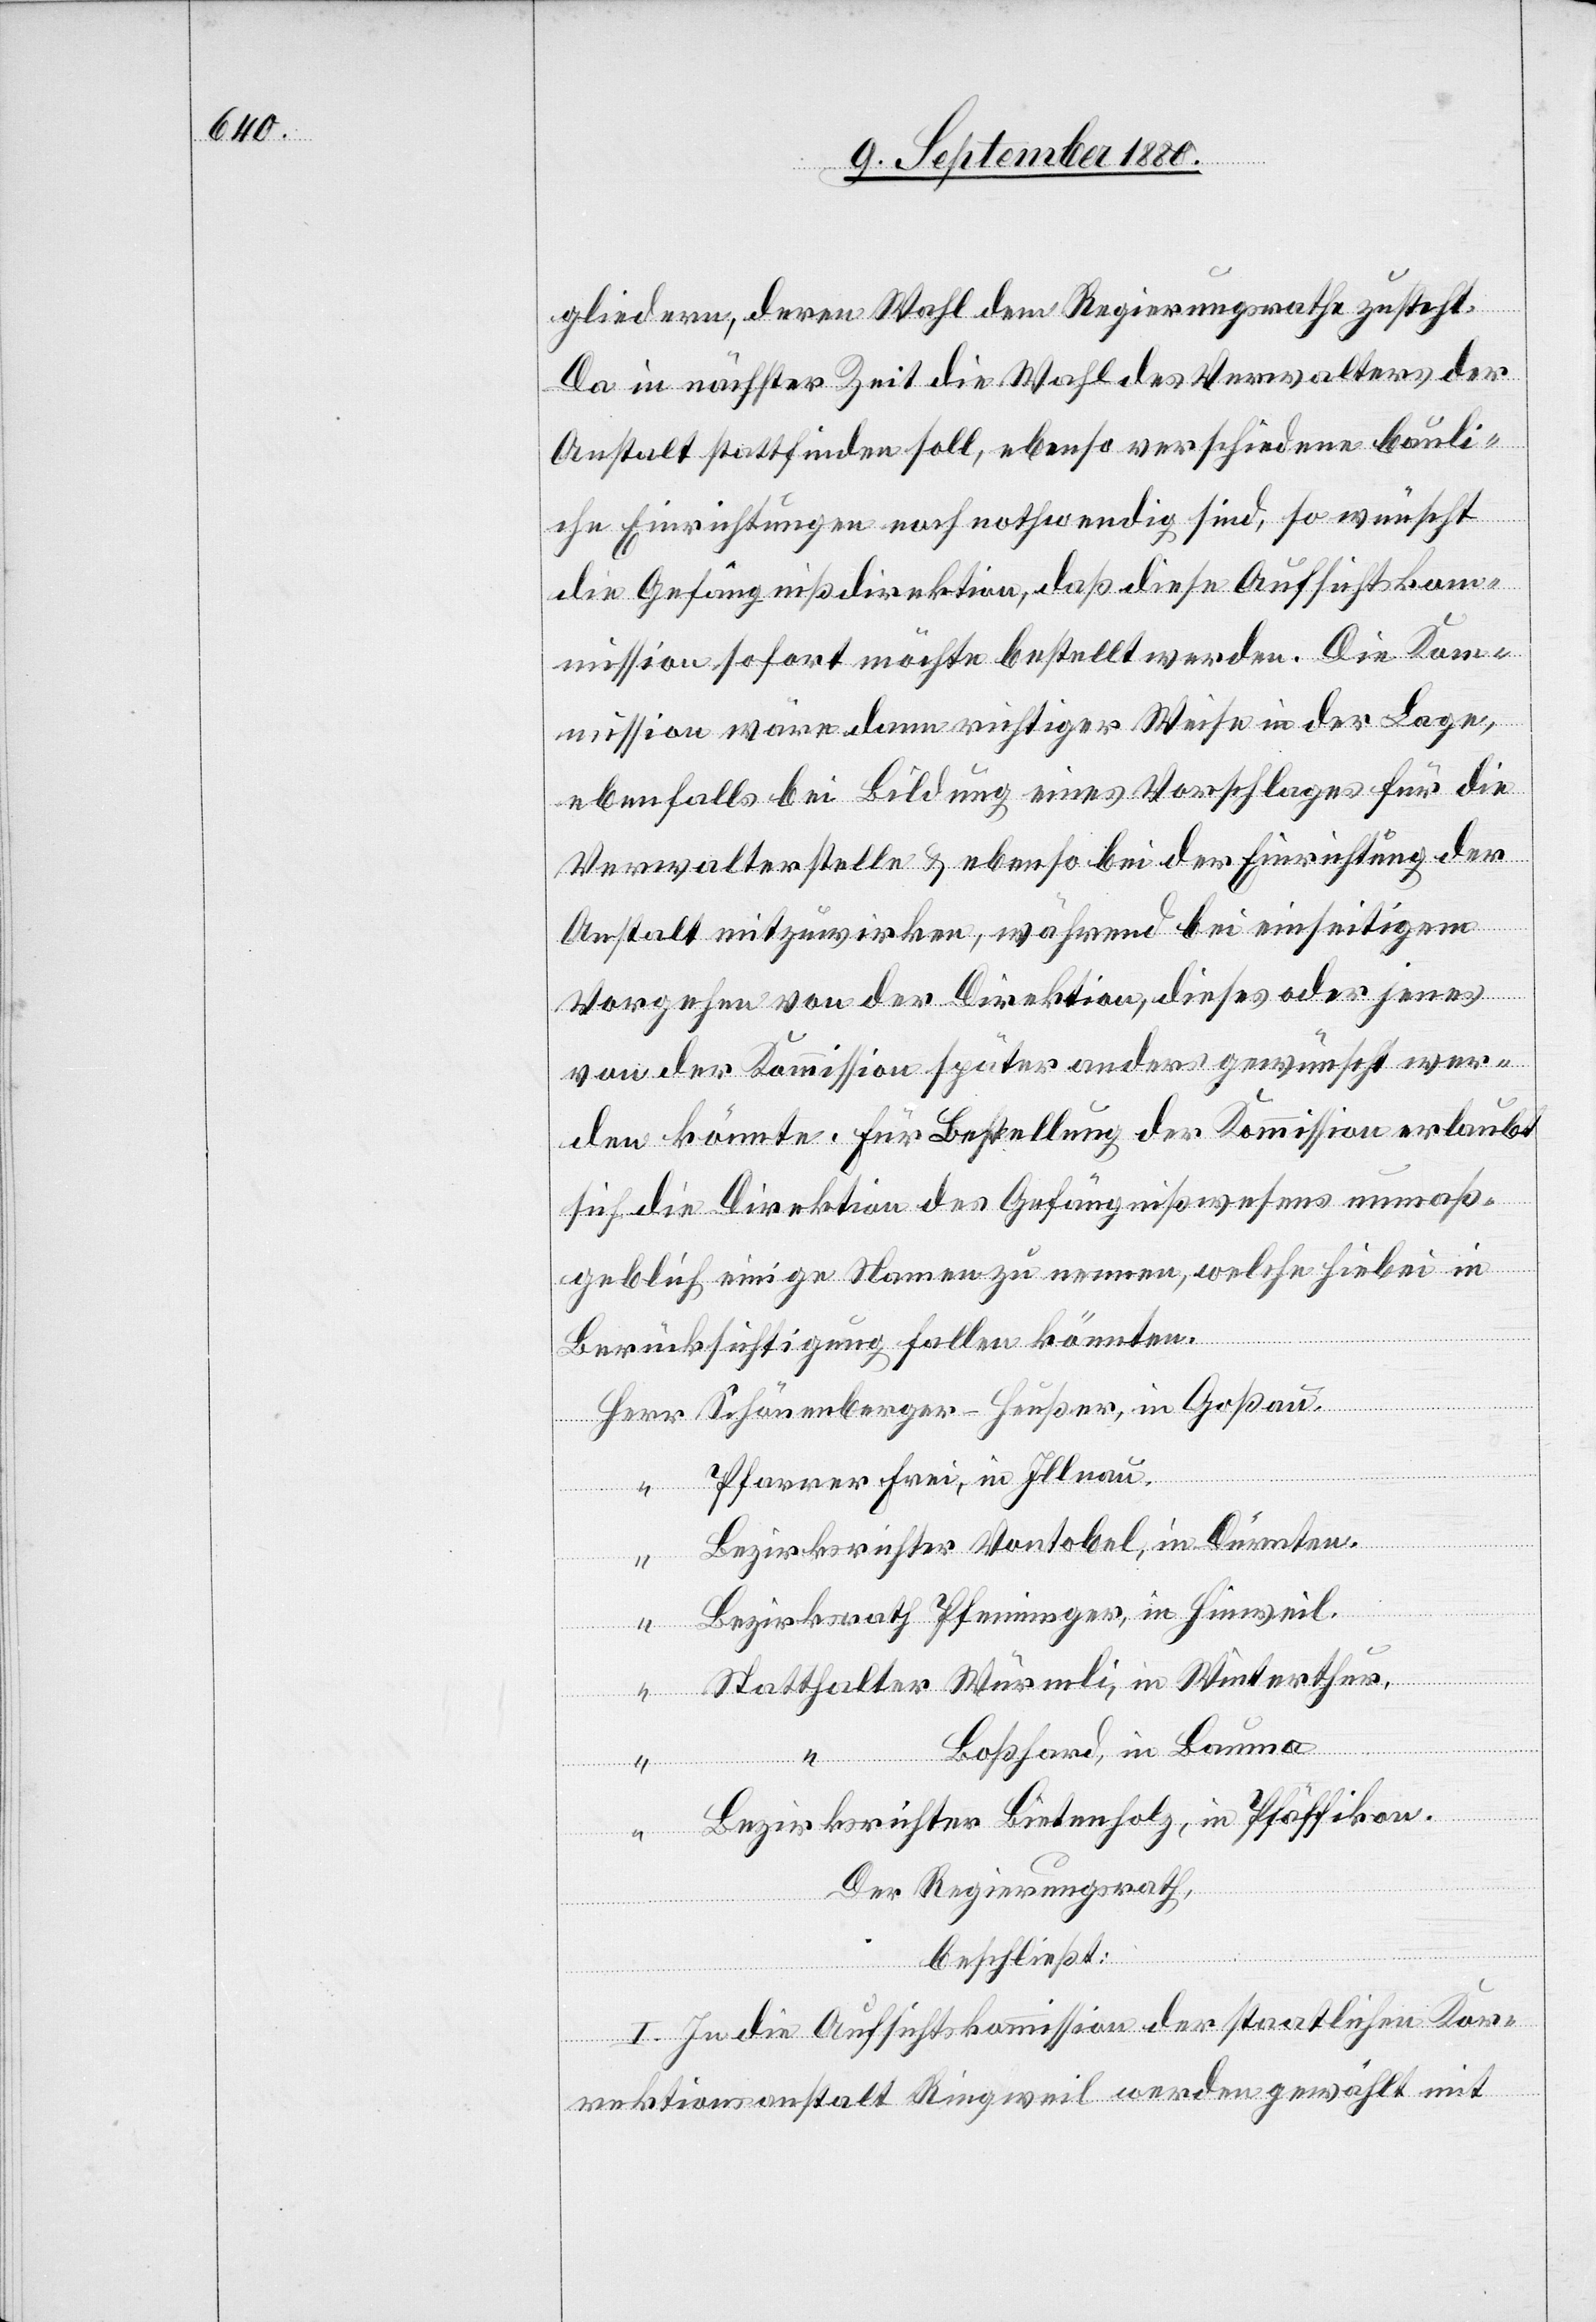
gliedern, deren Wahl dem Regierungsrathe zusteht.
Da in nächster Zeit die Wahl des Verwalters der
Anstalt stattfinden soll, ebenso verschiedene bauli¬
che Einrichtungen noch nothwendig sind, so wünscht
die Gefängnißdirektion, daß diese Aufsichtsko¬
mmission sofort möchte bestellt werden. Die Kom¬
mission wäre dann richtiger Weise in der Lage,
ebenfalls bei Bildung eines Vorschlages für die
Verwalterstelle & ebenso bei der Einrichtung der
Anstalt mitzuwirken, während bei einseitigem
Vorgehen von der Direktion, dieses oder jenes
von der Kommission später anders gewünscht wer¬
den könnte. Für Bestellung der Kommission erlaubt
sich die Direktion des Gefängißwesens unmaß¬
geblich einige Namen zu nennen, welche hiebei in
Herr
Berücksichtigung fallen könnten.
Pfarrer Frei, in Illnau.
Bezirksrichter Vontobel, in Dürnten.
“
Statthalter Würmli, in Winterthur.
Goßau.
Pfäffikon.
Bezirksrichter Bietenholz, in Pfäffikon.
Der Regierungsrath,
beschließt:
I. In die Aufsichtskommission der staatlichen Kor¬
rektionsanstalt Ringweil werden gewählt mit

in